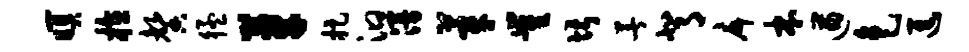
暝植馨猛芽捉汩漫莘崔堪著背戽本遒色进